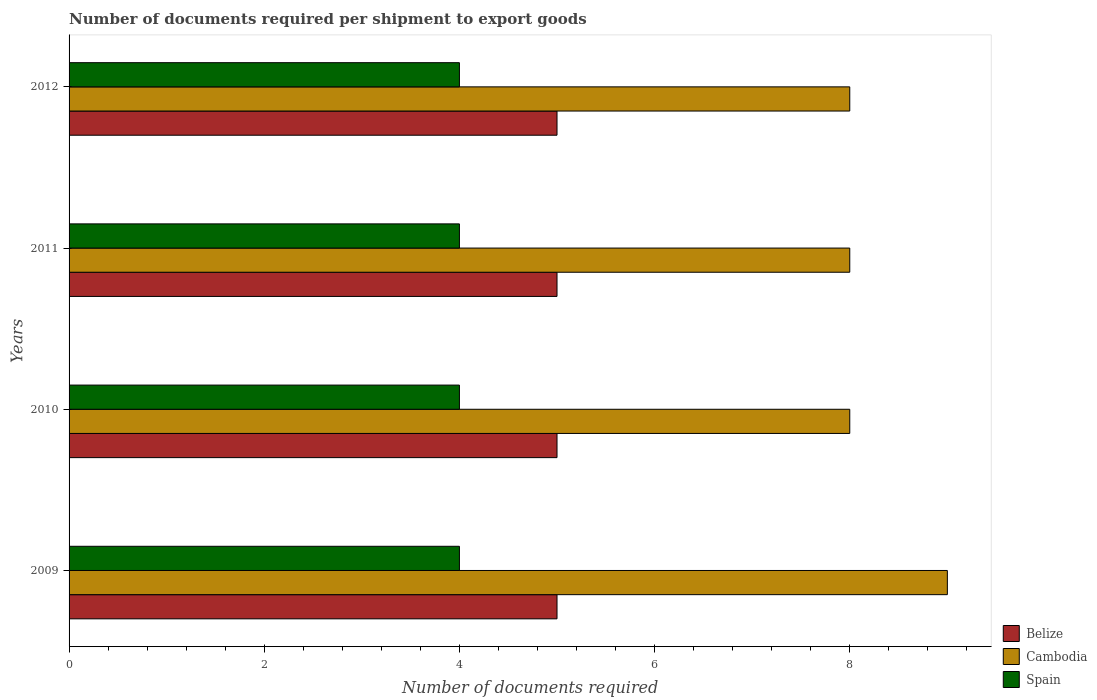
| Years | Belize | Cambodia | Spain |
 | --- | --- | --- | --- |
 | 2009 | 5 | 9 | 4 |
 | 2010 | 5 | 8 | 4 |
 | 2011 | 5 | 8 | 4 |
 | 2012 | 5 | 8 | 4 |